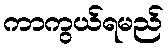
ကာကွယ်ရမည်